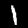
Label: 1